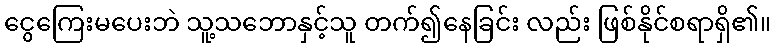
ငွေကြေးမပေးဘဲ သူ့သဘောနှင့်သူ တက်၍နေခြင်း လည်း ဖြစ်နိုင်စရာရှိ၏။